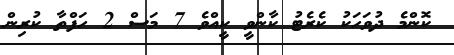
ކޮންމެ ދުވަހަކު ކެރެޓު ކާންވީ ކީއްވެ 7 މަސް 2 ހަފްތާ ކުރިން